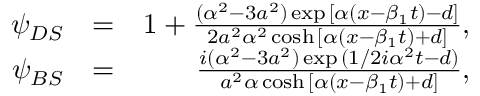
\begin{array} { r l r } { \psi _ { D S } } & { = } & { 1 + \frac { ( \alpha ^ { 2 } - 3 a ^ { 2 } ) \exp { [ \alpha ( x - \beta _ { 1 } t ) - d ] } } { 2 a ^ { 2 } \alpha ^ { 2 } \cosh { [ \alpha ( x - \beta _ { 1 } t ) + d ] } } , } \\ { \psi _ { B S } } & { = } & { \frac { i ( \alpha ^ { 2 } - 3 a ^ { 2 } ) \exp { ( 1 / 2 i \alpha ^ { 2 } t - d ) } } { a ^ { 2 } \alpha \cosh { [ \alpha ( x - \beta _ { 1 } t ) + d ] } } , } \end{array}